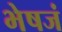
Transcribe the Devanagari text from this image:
भेषजं